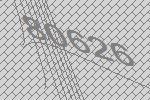
80626